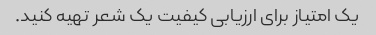
یک امتیاز برای ارزیابی کیفیت یک شعر تهیه کنید.